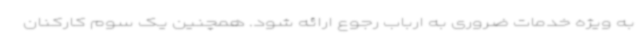
به ویژه خدمات ضروری به ارباب رجوع ارائه شود. همچنین یک سوم کارکنان